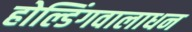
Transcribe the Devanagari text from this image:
होल्डिंगवालाधन